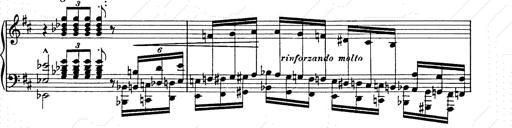
Title: Ballade No.2
Composer: Jan Skrzydlewski
Key: B minor